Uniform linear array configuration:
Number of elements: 32
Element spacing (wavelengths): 0.25
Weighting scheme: kaiser
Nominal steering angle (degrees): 30
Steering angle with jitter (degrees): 30.992
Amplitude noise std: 0.05
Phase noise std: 0.05

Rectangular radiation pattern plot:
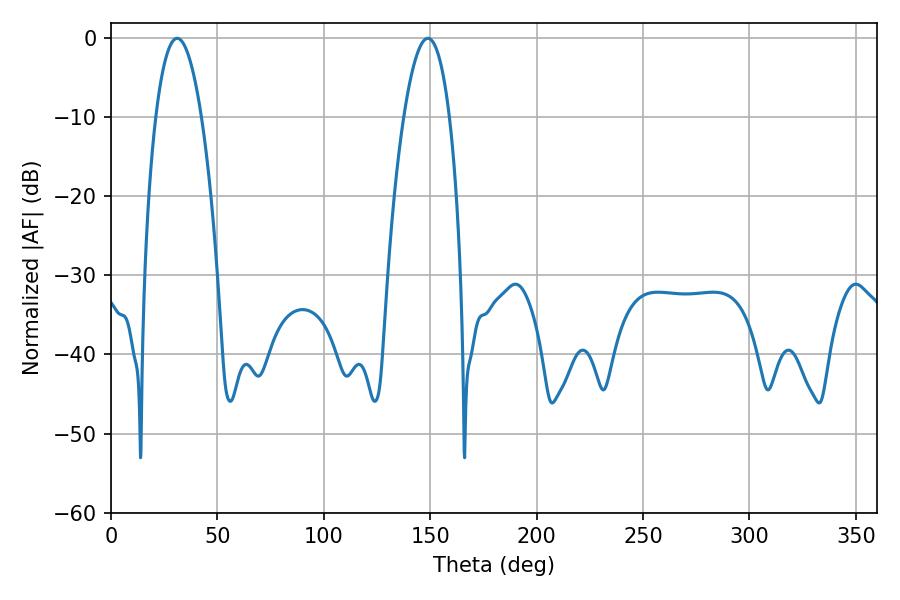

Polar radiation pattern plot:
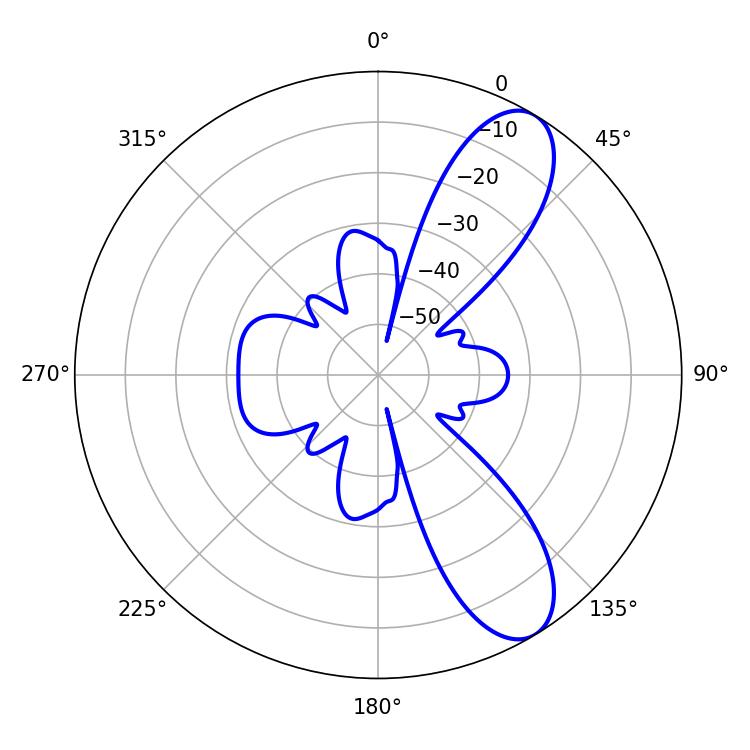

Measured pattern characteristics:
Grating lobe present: FALSE
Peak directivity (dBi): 9.387
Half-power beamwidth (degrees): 11.88
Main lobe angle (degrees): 31.14